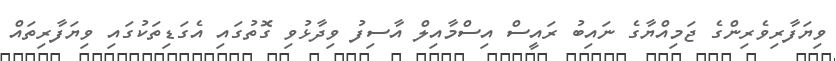
ވިޔަފާރިވެރިންގެ ޖަމިއްޔާގެ ނައިބު ރައީސް އިސްމާއިލް އާސިފު ވިދާޅުވި ގޮތުގައި އެގަޑިތަކުގައި ވިޔަފާރިތައް